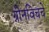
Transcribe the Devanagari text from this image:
ग्रीनविचचे